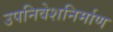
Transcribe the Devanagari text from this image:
उपनिवेशनिर्माण